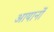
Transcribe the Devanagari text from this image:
आयानों